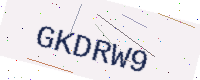
Text: GKDRW9